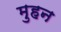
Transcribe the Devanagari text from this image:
मुहन